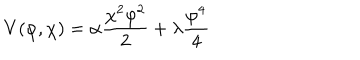
V ( \varphi , \chi ) = \alpha \frac { \chi ^ { 2 } \varphi ^ { 2 } } { 2 } + \lambda \frac { \varphi ^ { 4 } } { 4 }